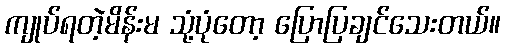
ကျုပ်ရတဲ့မိန်းမ သုံ့ပုံတော့ ပြောပြချင်သေးတယ်။